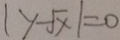
\vert y - \sqrt { x } \vert = 0